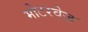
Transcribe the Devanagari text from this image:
मोटरवेज़